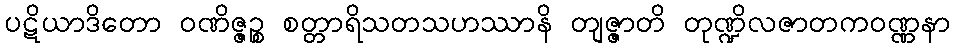
ပဋိယာဒိတော ဝဏိဇ္ဇဉ္စ စတ္တာရိသတသဟဿာနိ တျဇ္ဇာတိ တုဏ္ဍိလဇာတကဝဏ္ဏနာ